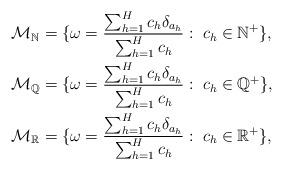
LaTeX: \begin{align*}\mathcal{M_{\mathbb{N}}}&= \{\omega=\frac{\sum_{h=1}^{H}c_h\delta_{a_h}}{\sum_{h=1}^{H}c_h}:\; c_h \in \mathbb{N}^+\}, \\\mathcal{M_{\mathbb{Q}}}&= \{\omega=\frac{\sum_{h=1}^{H}c_h\delta_{a_h}}{\sum_{h=1}^{H}c_h}:\; c_h \in \mathbb{Q}^+\}, \\\mathcal{M_{\mathbb{R}}}&= \{\omega=\frac{\sum_{h=1}^{H}c_h\delta_{a_h}}{\sum_{h=1}^{H}c_h}:\; c_h \in \mathbb{R}^+\},\end{align*}